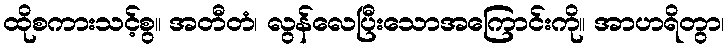
ထိုစကားသင့်စွ။ အတီတံ၊ လွန်လေပြီးသောအကြောင်းကို။ အာဟရိတွာ၊